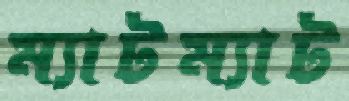
ম্যাটম্যাট